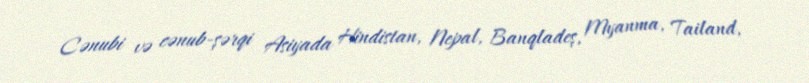
Cənubi və cənub-şərqi Asiyada Hindistan, Nepal, Banqladeş, Myanma, Tailand,